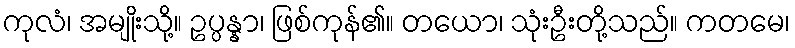
ကုလံ၊ အမျိုးသို့။ ဥပ္ပန္နာ၊ ဖြစ်ကုန်၏။ တယော၊ သုံးဦးတို့သည်။ ကတမေ၊